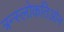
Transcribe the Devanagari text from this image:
त्रन्स्लोकतिओन